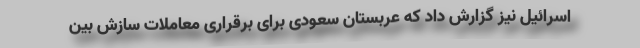
اسرائیل نیز گزارش داد که عربستان سعودی برای برقراری معاملات سازش بین